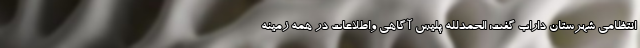
انتظامی شهرستان داراب گفت: الحمدلله پلیس آگاهی واطلاعات در همه زمینه